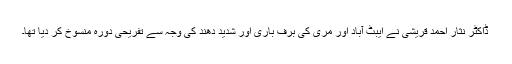
ڈاکٹر نثار احمد قریشی نے ایبٹ آباد اور مری کی برف باری اور شدید دھند کی وجہ سے تفریحی دورہ منسوخ کر دیا تھا۔